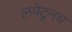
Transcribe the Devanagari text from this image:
लपेटूनच